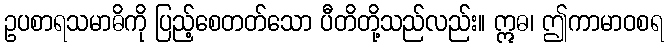
ဥပစာရသမာဓိကို ပြည့်စေတတ်သော ပီတိတို့သည်လည်း။ ဣဓ၊ ဤကာမာဝစရ